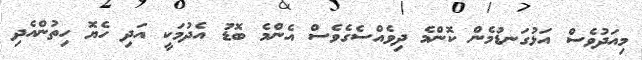
މިއަދުވެސް އަޅުގަނޑުމެން ކޮންމެ ދިވެއްސެގެވެސް އެންމެ ބޮޑު އެދުމަކީ އަދި ހެޔޮ ހިތުންއެދި